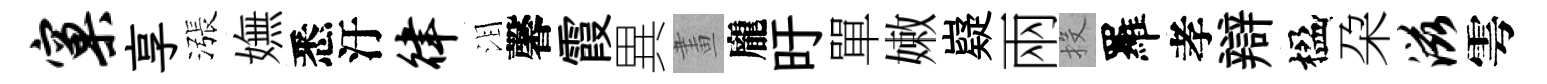
窠享漲嫵悉汙律泪馨霞異畫龐旴單嫩嶷兩投羅孝辯楹朶滋雩